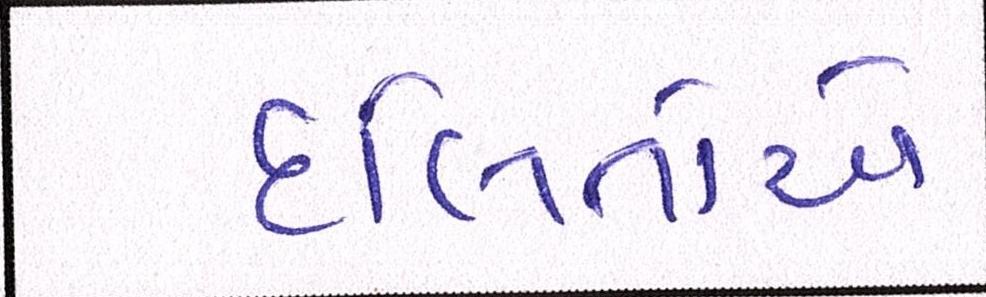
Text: દલિતોએ